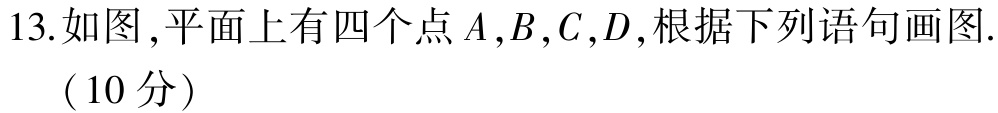
13. 如图, 平面上有四个点 \(A,B,C,D\), 根据下列语句画图. （10 分）